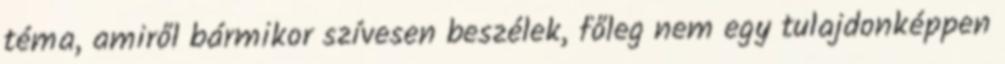
téma, amiről bármikor szívesen beszélek, főleg nem egy tulajdonképpen